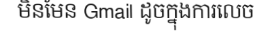
មិនមែន Gmail ដូចក្នុងការលេច